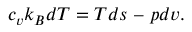
c _ { v } k _ { B } d T = T d s \ – \ p d v .